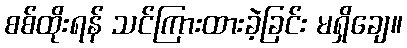
စစ်ထိုးရန် သင်ကြားထားခဲ့ခြင်း မရှိချေ။